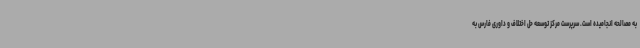
به مصالحه انجامیده است. سرپرست مرکز توسعه حل اختلاف و داوری فارس به